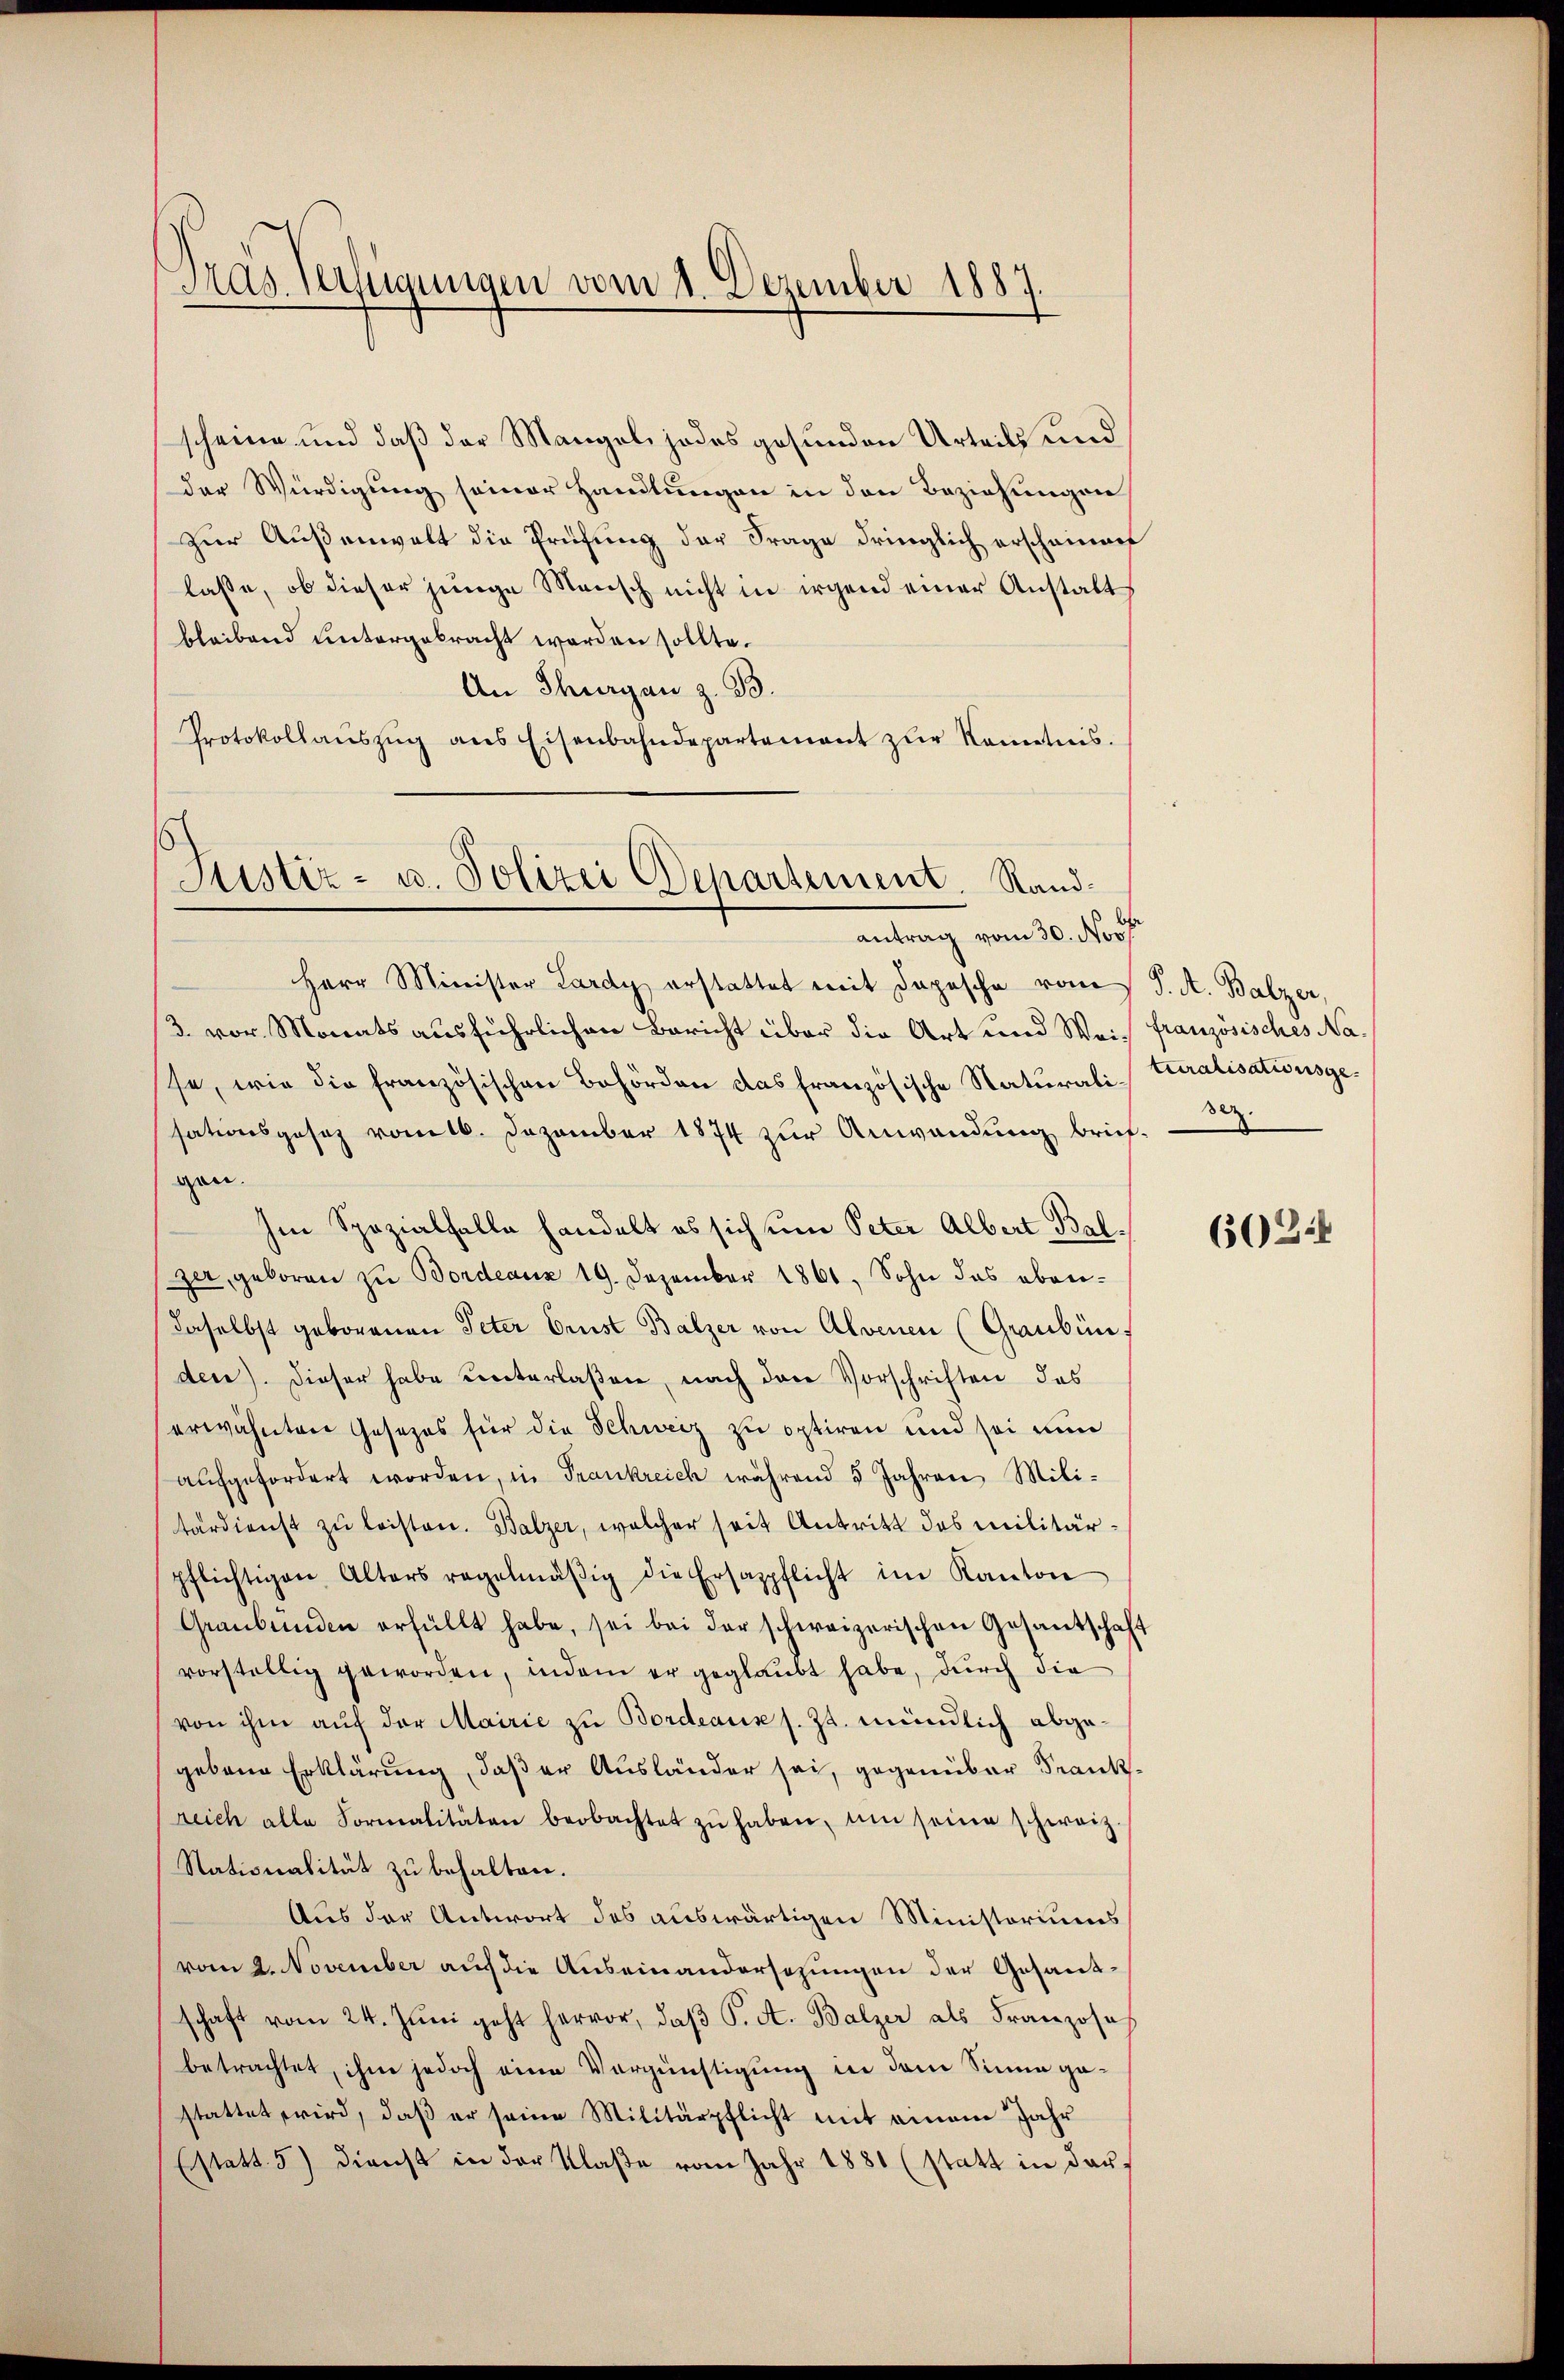
Gras Verhinigen vom 1. Dezember 1887

scheine und daß der Mangel, jedes gesunden Urteils und
der Würdigung seiner Handlungen in den Beziehungen
zur Außenwelt die Prüfung der Frage dringlich erscheinan
lasse, ob dieser junge Mensch nicht in irgend einer Anstalts
bleibend untergebracht worden sollte.
An Thurgau z. B.
Protokollaŭszŭg ans Eisenbahndepartement zŭr Kenntnis.

Justiz- u. Polizei Departement. Randantrag vom 30. Nov

Herr Minister Lardy erstattet mit Depesche vom J. A. Balzer,
3. vor. Monats ausführlichen Bericht über die Art und Weis französisches Nase, wie die französischen Behörden das französische Naturalituralisationsgesationsgesetz vom 16. Dezember 1874 zur Anwendung brief-
gen.
Im Spezialfalle handelt es sich um Peter Albert Baljer, geboren zu Bordeaux 19. Dezember 1861, Sohn das ebendaselbst geborenen Peter Ernst Balzer von Alvenen (Graubün
den). Dieser habe unterlaßen, nach den Vorschriften das
erwähnten Gesezes für die Schweiz zu optiren und sei nun
aufgefordert worden, in Frankreich während 5 Jahren Militärdienst zu leisten. Balzer, welcher seit Antritt des militärpflichtigen Alters regelmäβig die Ersazpflicht im Kanton
Graubünden erfüllt habe, sei bei der schweizerischen Gesantschaft
vorstellig geworden, indem er geglaubt habe, durch die
von ihm aŭf der Mairie zu Bordeaus s. Zt. mündlich abgegebene Erklärung, daß er Ausländer sei, gegenüber Frankreich alle Formalitäten beobachtet zŭ haben, um seine schweiz.
Nationalität zu behalten.
Aus der Antwort des auswärtigen Ministoriums
vom 2. November auf die Auseinandersezungen der Gesandschaft vom 24. Jŭni geht hervor, daβ P. A. Balzer als Franzose
betrachtet, ihm jedoch eine Vergünstigung in dem Sinne gestattet wird, daß er seine Militärpflicht mit einem Jahr
Erstatt 5) Dienst in der Klaße vom Jahr 1881 (statt in dar¬

ser.

603.